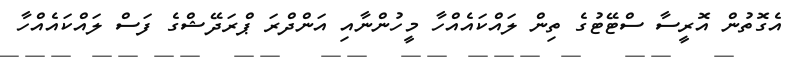
އެގޮތުން އޮރީސާ ސްޓޭޓުގެ ތިން ލައްކައެއްހާ މީހުންނާއި އަންދްރަ ޕްރަދޭޝްގެ ފަސް ލައްކައެއްހާ